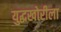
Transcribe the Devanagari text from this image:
युद्धखोरीला